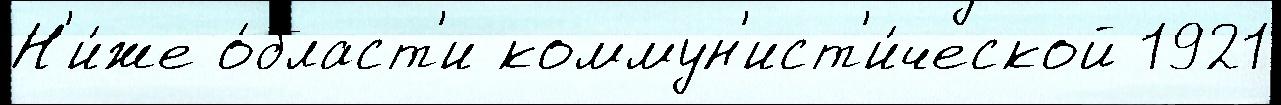
Н'и́же о́бласт'и коммун'ист'и́ческой 1921